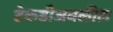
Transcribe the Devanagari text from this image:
टेकडीजवळील